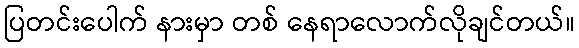
ပြတင်းပေါက် နားမှာ တစ် နေရာလောက်လိုချင်တယ်။